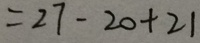
= 2 7 - 2 0 + 2 1